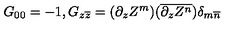
G _ { 0 0 } = - 1 , G _ { z \overline { { z } } } = ( \partial _ { z } Z ^ { m } ) ( \overline { { \partial _ { z } Z ^ { n } } } ) \delta _ { m \overline { { n } } }